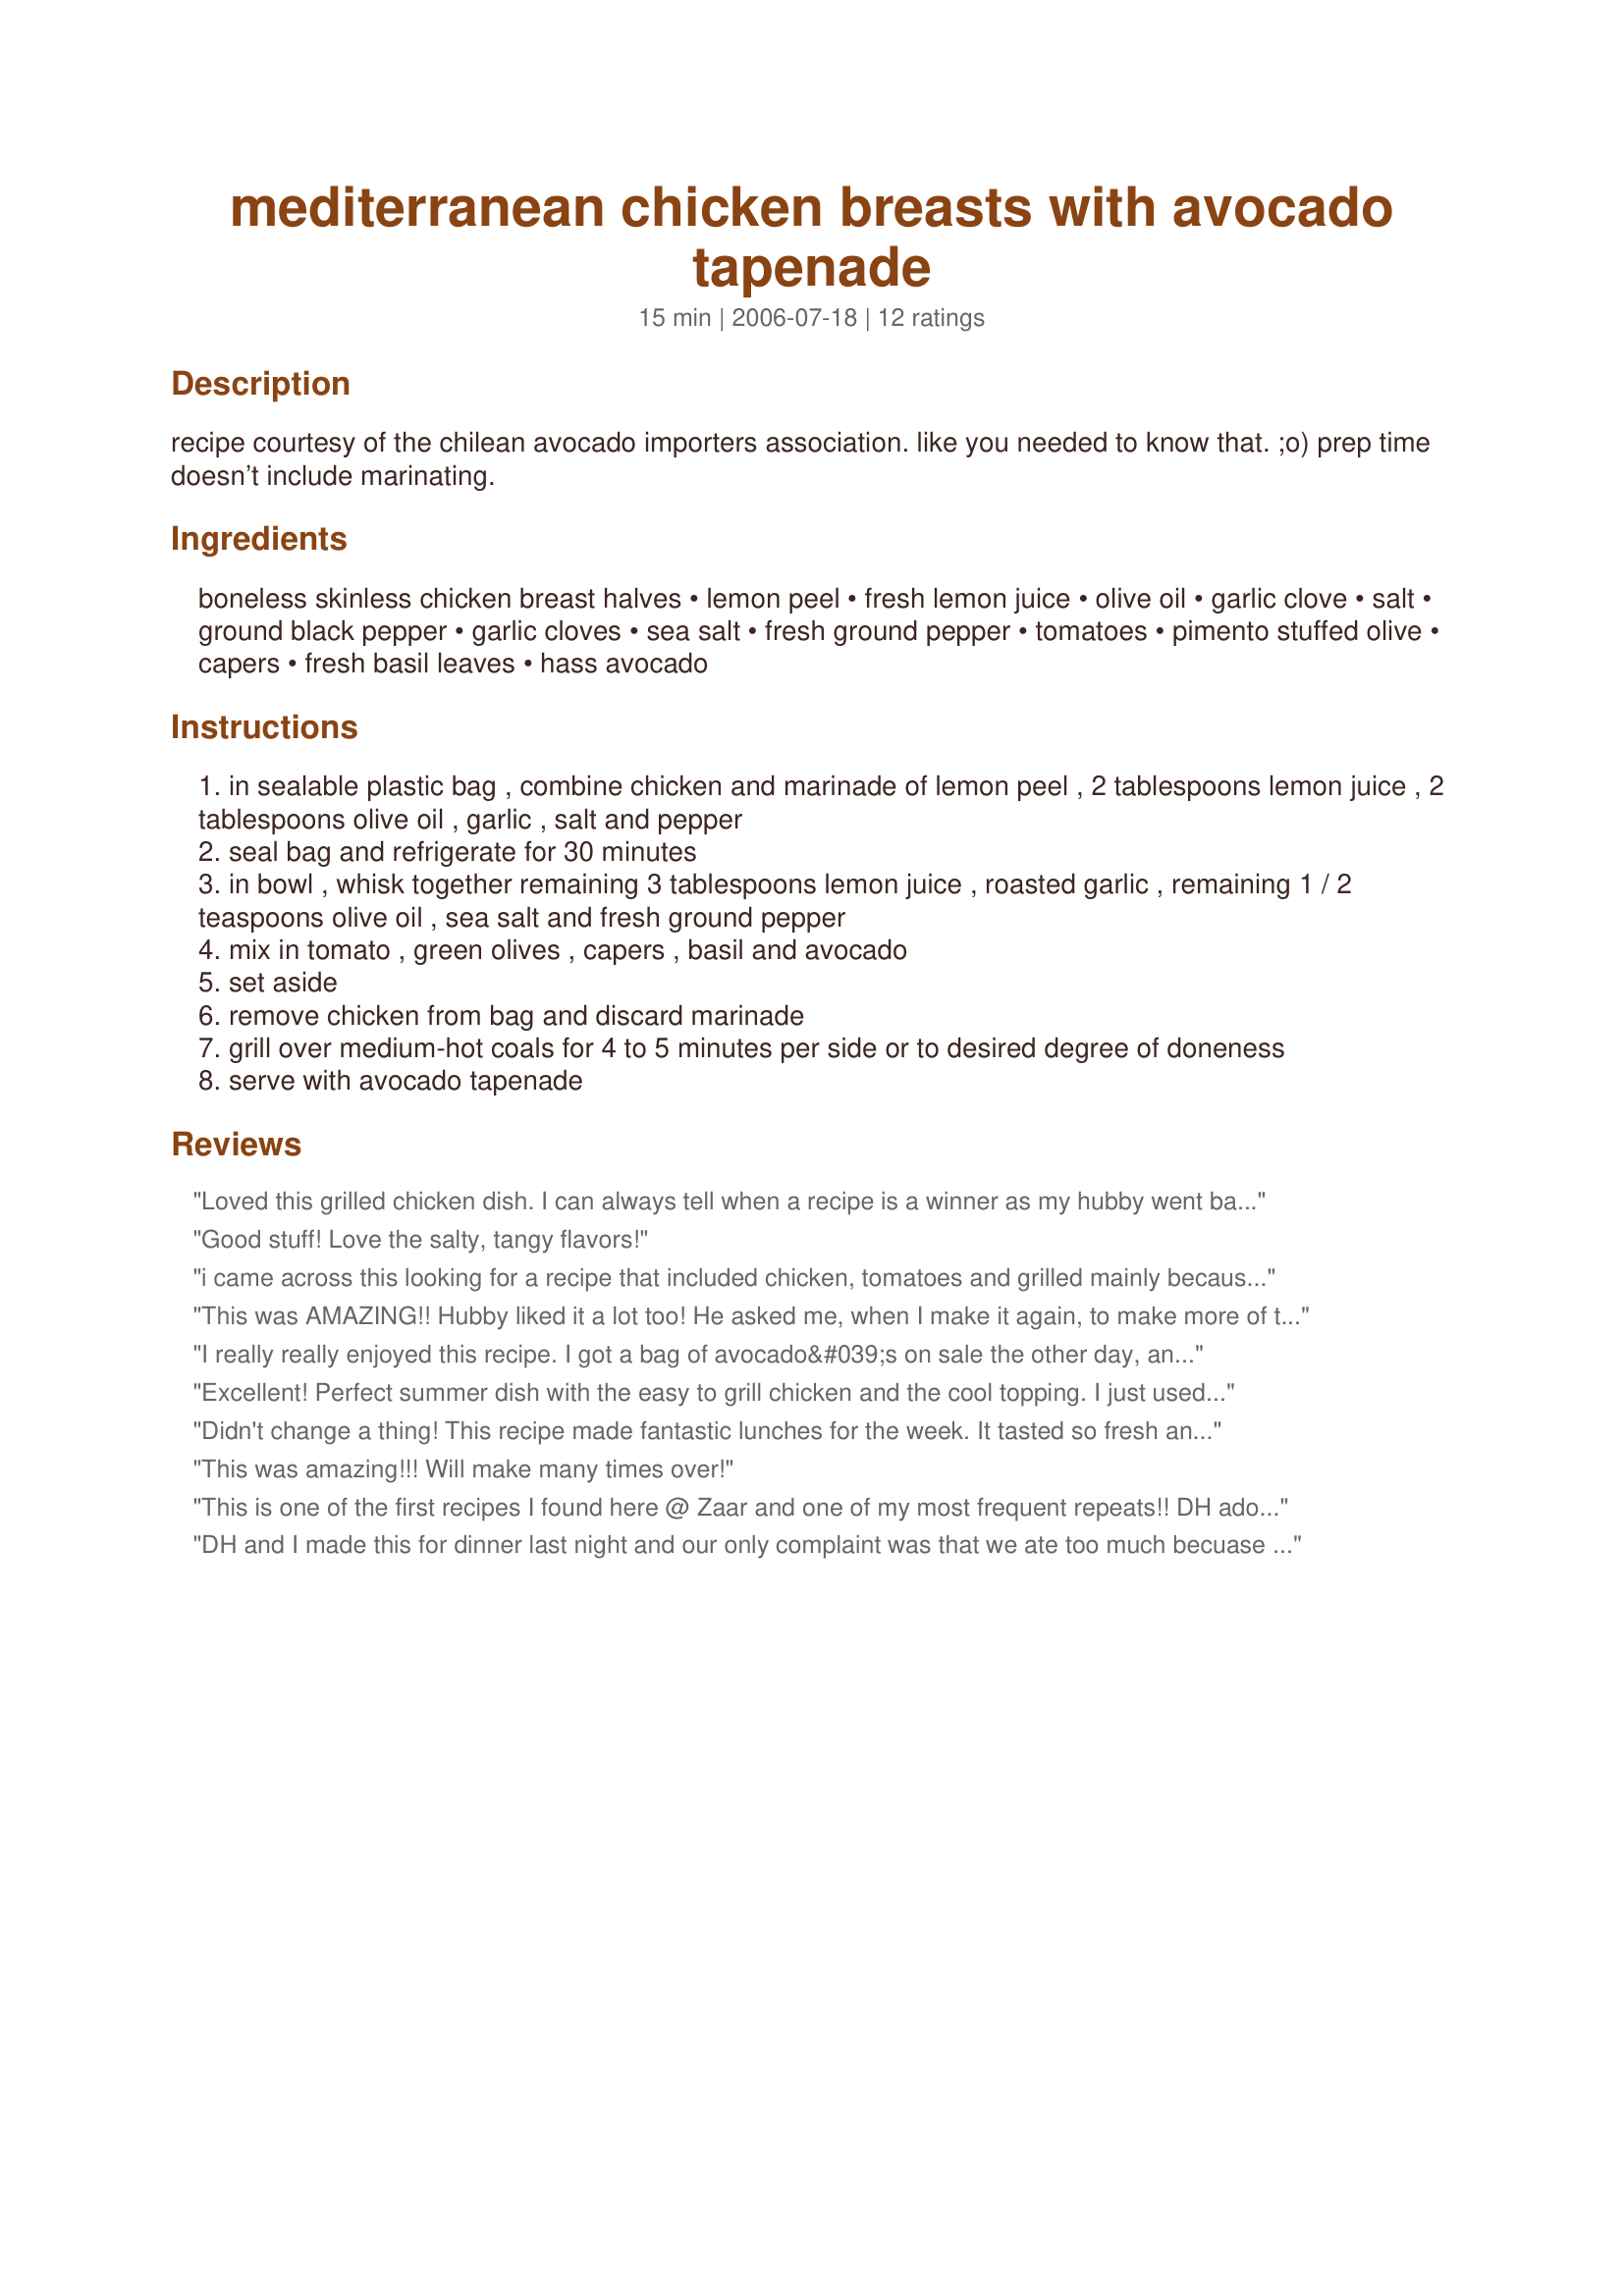
mediterranean chicken breasts with avocado tapenade
Preparation time: 15 minutes

recipe courtesy of the chilean avocado importers association. like you needed to know that. ;o) prep time doesn’t include marinating.

Ingredients:
boneless skinless chicken breast halves, lemon peel, fresh lemon juice, olive oil, garlic clove, salt, ground black pepper, garlic cloves, sea salt, fresh ground pepper, tomatoes, pimento stuffed olive, capers, fresh basil leaves, hass avocado

Steps:
in sealable plastic bag , combine chicken and marinade of lemon peel , 2 tablespoons lemon juice , 2 tablespoons olive oil , garlic , salt and pepper
seal bag and refrigerate for 30 minutes
in bowl , whisk together remaining 3 tablespoons lemon juice , roasted garlic , remaining 1 / 2 teaspoons olive oil , sea salt and fresh ground pepper
mix in tomato , green olives , capers , basil and avocado
set aside
remove chicken from bag and discard marinade
grill over medium-hot coals for 4 to 5 minutes per side or to desired degree of doneness
serve with avocado tapenade

Reviews:
Loved this grilled chicken dish. I can always tell when a recipe is a winner as my hubby went back for seconds and made a happy plate!! The avocado tapenade was a great addition -- I just wish I had taken the time to roast some garlic; however, the minced fresh garlic was fine. Thanks for the post.
Good stuff! Love the salty, tangy flavors!
i came across this looking for a recipe that included chicken, tomatoes and grilled mainly because we have a ton of tomatoes right now from our garden. I had everything except the roasted garlic to make the recipe. I used fresh minced garlic instead and it was great still. I will definitely make this again. It was very good. Thanks for sharing!
This was AMAZING!! Hubby liked it a lot too! He asked me, when I make it again, to make more of the avocado tapenade! This is a keeper! Thanks!
I really really enjoyed this recipe. I got a bag of avocado&#039;s on sale the other day, and have been using them. The 2 recipes I have made have not disappointed. This was new and refreshing for our family. Thank you for posting. The great thing is if you have leftover tapenade it is great with nacho&#039;s. Will def make again, Thank you for posting.
Excellent! Perfect summer dish with the easy to grill chicken and the cool topping. I just used lemon pepper on the chicken instead of juice and peel. Very good. Thanks for posting.
Didn't change a thing! This recipe made fantastic lunches for the week. It tasted so fresh and yummy! Thanks for posting!
This was amazing!!! Will make many times over!
This is one of the first recipes I found here @ Zaar and one of my most frequent repeats!! DH adores this dish, very flexible, have made it for dinner parties and also just for us two. I @ least double the tapenade (because it's soooo good!!), leave out the stuffed olives and only use a tablespoon or so of the capers as they seem to overwhelm the avocado.
I usually slice the breasts in half, fry the chicken and serve over linguine or angel hair. Yummmy!!! Thanks for a GREAT dish Smurfetta! :D
DH and I made this for dinner last night and our only complaint was that we ate too much becuase it was so good! Only change I made was used garlic powder instead of roasted garlic in the tapenade as we were short on time. Thank you for posting.
Having just returned from the Mediterranean, we wanted to still taste the wonderful flavors of Greece and Italy. It was a simple recipe with all the ingredients on hand. I did double the avocado and added it last so that the color would not turn. I even roasted the garlic and used it in this recipe and then made bruschetta and rubbed the garlic on the pre-toasted bread. I used the black kalamatta olives because that is what I had and I rinsed the olives and the capers (too salty for my taste). Great refreshing summer meal.
VERY Good and the husband loved it!
